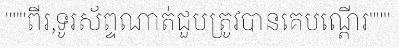
"""ពីរ,ទូរស័ព្ទណាត់ជួបត្រូវបានគេបណ្តើរ"""